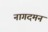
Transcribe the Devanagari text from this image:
नागदमन